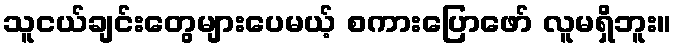
သူငယ်ချင်းတွေများပေမယ့် စကားပြောဖော် လူမရှိဘူး။